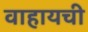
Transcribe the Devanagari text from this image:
वाहायची